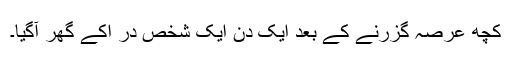
کچھ عرصہ گزرنے کے بعد ایک دن ایک شخص در ؔاکے گھر آگیا۔